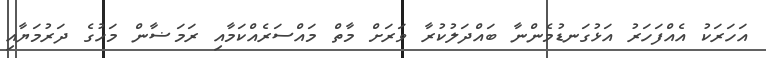
އަހަރަކު އެއްފަހަރު އަޅުގަނޑުމެންނާ ބައްދަލުކުރާ ވަރަށް މާތް މައްސަރެއްކަމާއި ރަމަޟާން މަހުގެ ދަރުމަޔާއި